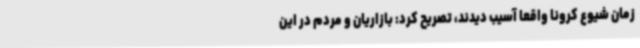
زمان شیوع کرونا واقعا آسیب دیدند، تصریح کرد: بازاریان و مردم در این